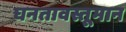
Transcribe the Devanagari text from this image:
घनतावस्तूमान